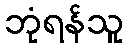
ဘုံရန်သူ